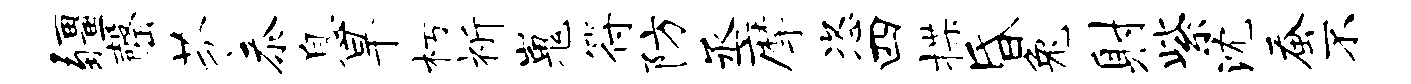
疆罄芬忝息旱朽祈嵬符防丞摩恣四揲昏兔射紫沈蚕不